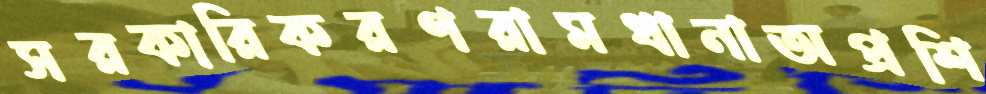
সরকারিকরণরামধানাঅপ্রশি